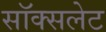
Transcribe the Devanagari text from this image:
सॉक्सलेट